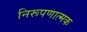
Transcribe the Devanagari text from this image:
निरूपणात्मक